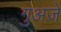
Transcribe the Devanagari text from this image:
गुअजे